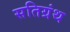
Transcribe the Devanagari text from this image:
सतिग्रंथ